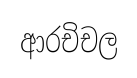
ආරචිචල